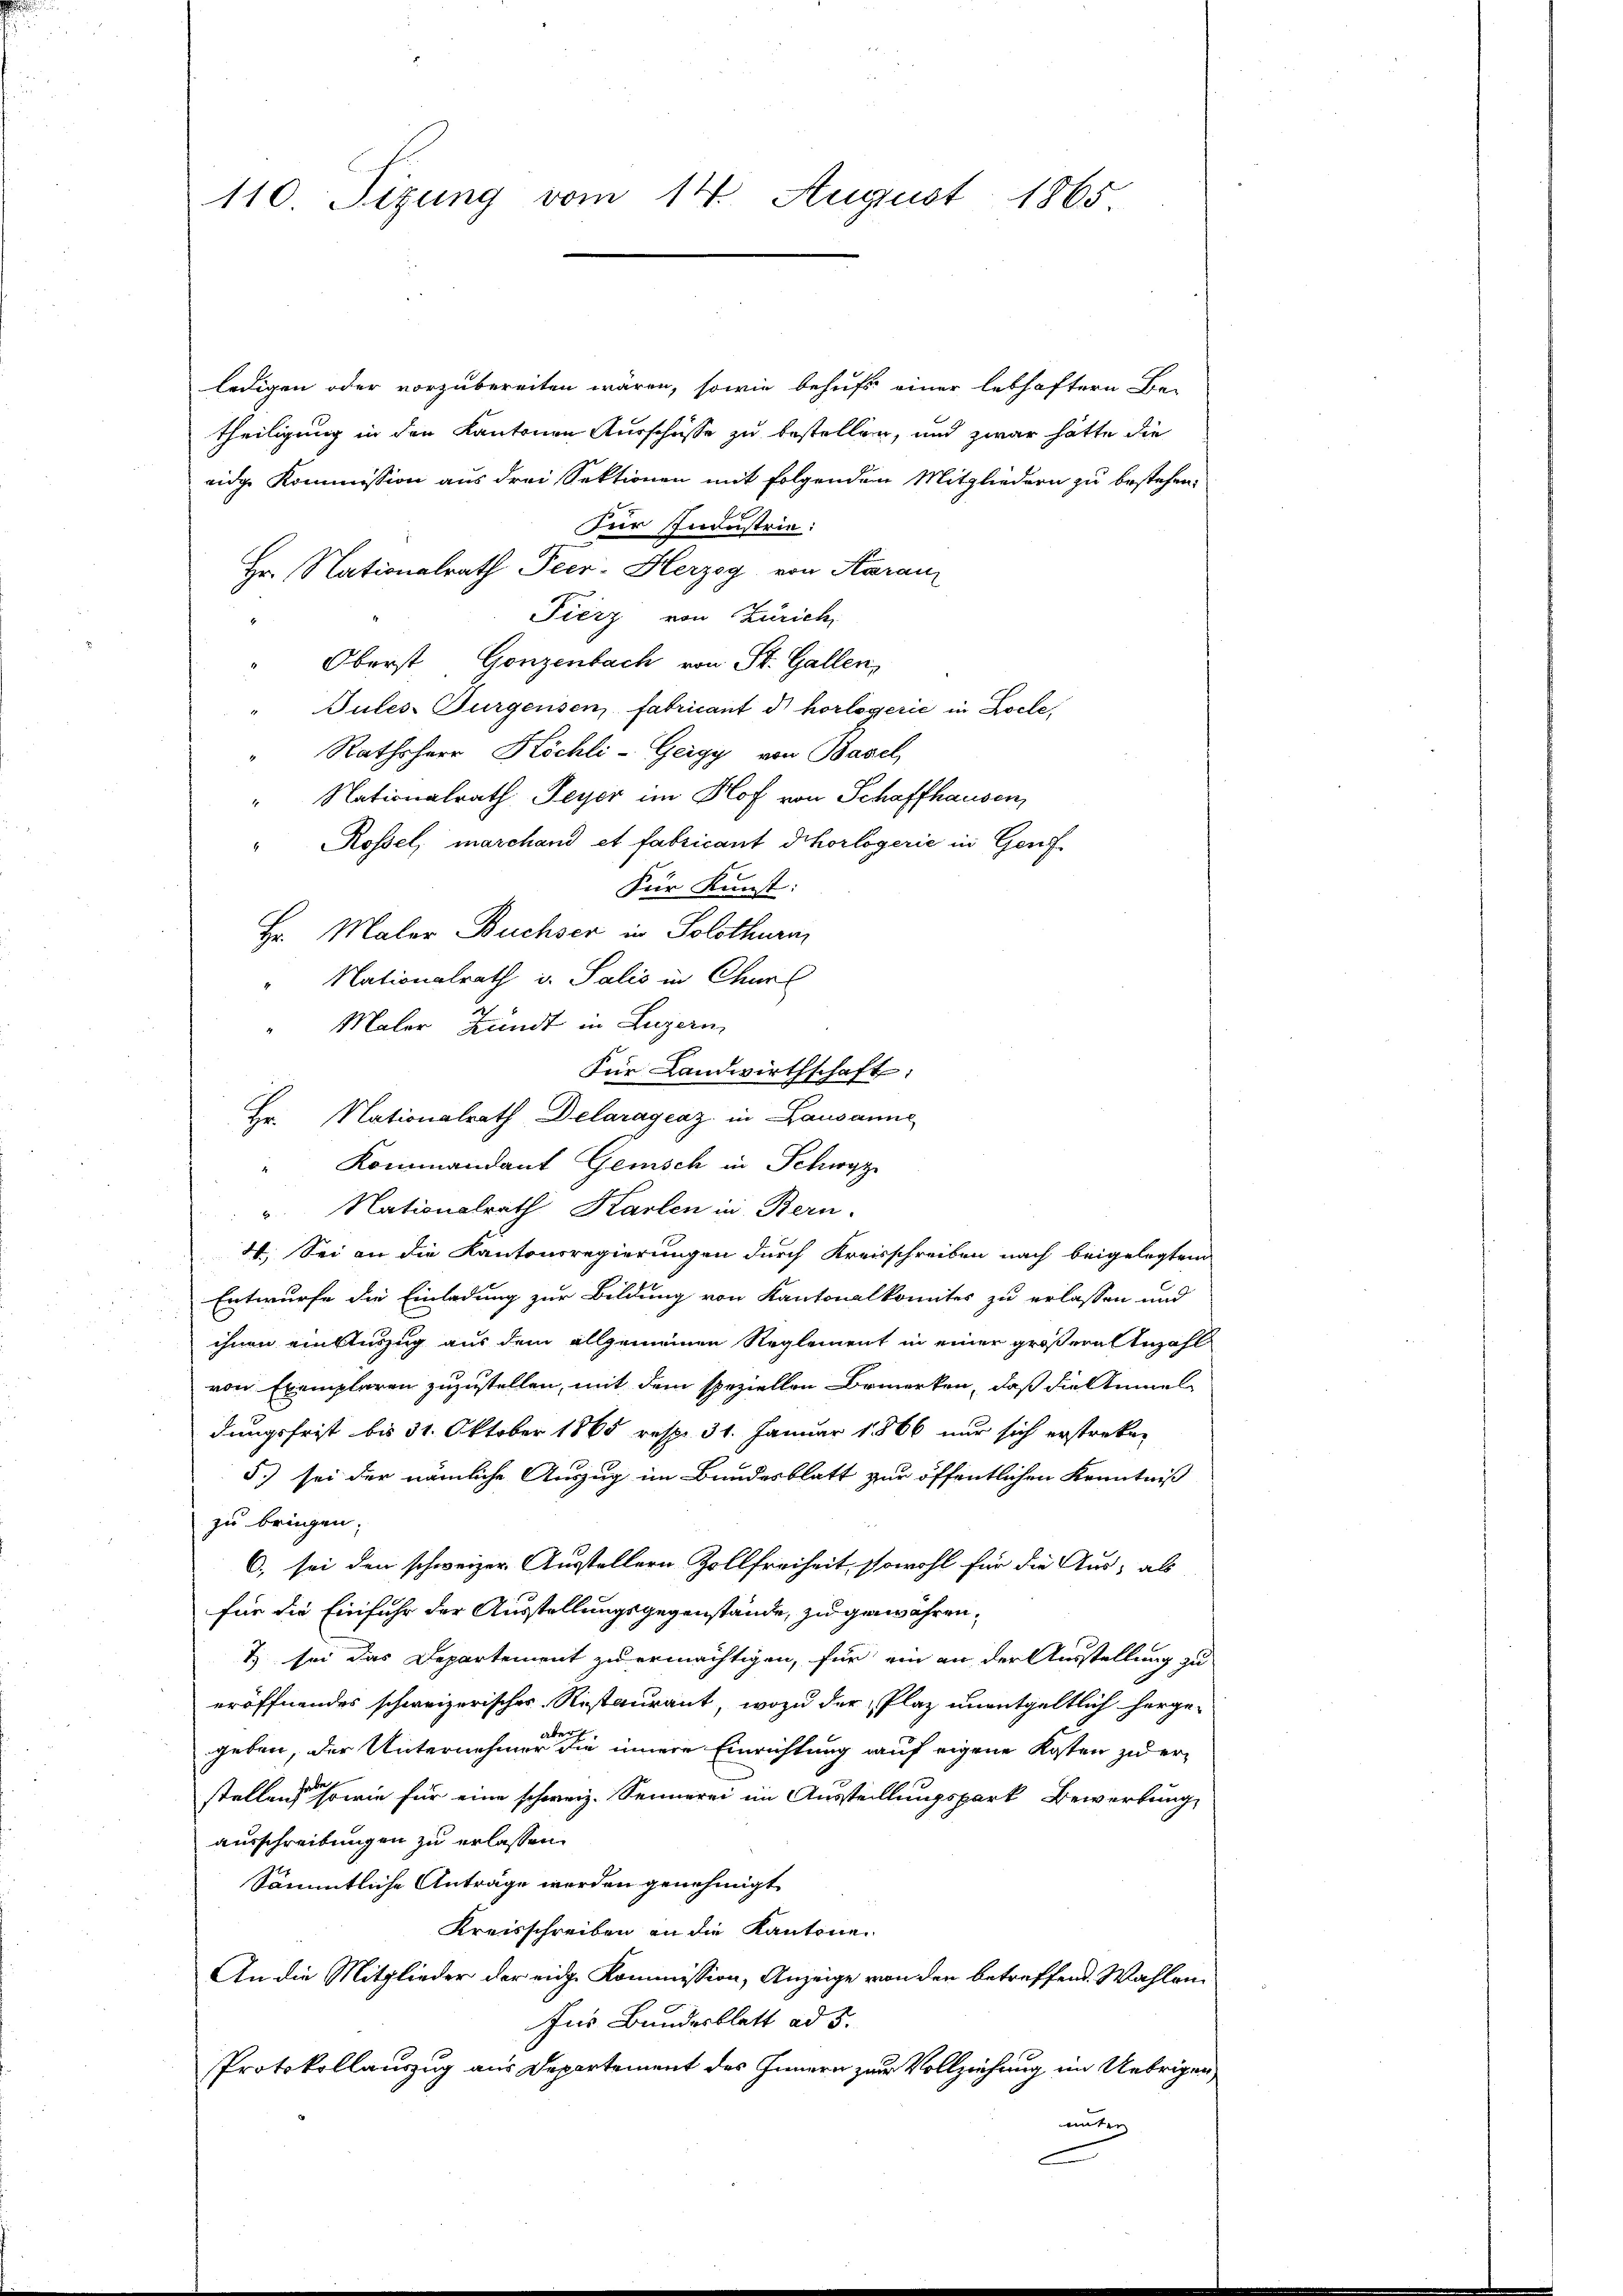
110. Sizung vom 14. August 1865

ledigen oder vorzubereiten wären, sowie behufs einer lebhaftern Be-
theiligung in den Kantonen Ausschüsse zu bestellen, und zwar hätte die
eidge Kommission aus drei Sektionen mit folgenden Mitgliedern zu bestehen.
zur Industrie:
Hr. Nationalrath Peer-Herzog von Karai
Fierz von Zürich,
Oberst Gonzenbach von St. Gallen,
Tules Burgensen, fabricant d horlogerić in Locle,
Rathsherr Köchli-Gergy von Basel
" Nationalrath Feyer im Hof von Schaffhausen,
Rossel, marchand et fabricant Schorlogerie in Genf
Für Kunst:
Hr. Maler Buchser in Solothurm
Nationalrath v. Salis in Churl
Maler Hundt in Luzern,
Für Landwirthschaft:
Hr. Nationalrath Delaragraz in Lausanne
Kommandant Gemisch in Schwyz
u. Nationalrath Karlen in Bern.
I. Sei an die Kantonsregierungen durch Kreisschreiben nach beigelegten
Entwurfe die Einladung zur Bildung von Kantonalkomites zu erlassen und
ihnen einauszug aus dem allgemeinen Reglement in einer größere Anzahl
von Exemplaren zuzustellen, mit dem speziellen Bemerken, daß die Stimmel
dungsfrist bis 31. Oktober 1865 resp. 31. Januar 1866 nur sich erstreken
5.) sei der nämliche Auszug im Bundesblatt zur öffentlichen Kenntniß
zu bringen.
6) sei den schweizer Ausstellern Zollfreiheit, sowohl für die Aus- als
für die Einfuhr der Ausstellungsgegenstände, zu gewähren,
t) sei das Departement zu ermächtigen, für ein an der Ausstellung zu
eröffnendes schweizerisches Ristaurant, wozu der Plaz unentgeltlich herge-
be
geben, der Unternehmer die innere Einrichtung auf eigene Kosten zu erstellen, sowie für eine schweiz. Sennerei im Ausstellungspark Bewerbung,
ausschreibungen zu erlassen.
Sämmtliche Anträge werden genehmigt
Kreisschreiben an die Kantone.
An die Mitglieder der eidg. Kommission, Anzeige von den betreffend Wahlen
Inr Bundesblatt ad 5.
Protokollauszug aus Departement des Innern zur Vollziehung im Uebrigen,
unter
e